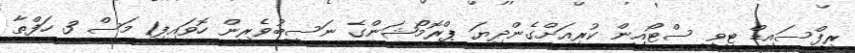
ރީފްސައިޑް ޓީވީ ސްޓޯއިން ކުރިއަށްގެންދިޔަ ޕްރޮމޯޝަންގެ ނަސީބުވެރިން ހޮވައިފި1 މަސް 3 ހަފްތާ